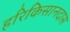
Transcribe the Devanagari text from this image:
हरिकिसानदास